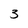
Character: 3